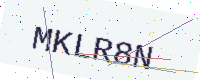
Text: MKLR8N